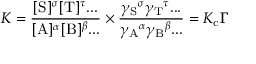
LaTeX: K = { \frac { [ \mathrm { S } ] ^ { \sigma } [ \mathrm { T } ] ^ { \tau } . . . } { [ \mathrm { A } ] ^ { \alpha } [ \mathrm { B } ] ^ { \beta } . . . } } \times { \frac { { \gamma _ { \mathrm { S } } } ^ { \sigma } { \gamma _ { \mathrm { T } } } ^ { \tau } . . . } { { \gamma _ { \mathrm { A } } } ^ { \alpha } { \gamma _ { \mathrm { B } } } ^ { \beta } . . . } } = K _ { \mathrm { c } } \Gamma